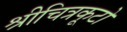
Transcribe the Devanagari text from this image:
श्रीचित्रकूटो